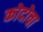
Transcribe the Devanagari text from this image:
कोदोचा